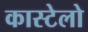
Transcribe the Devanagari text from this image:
कास्टेलो